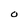
Character: O